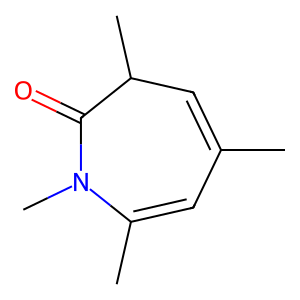
SMILES: CC1=CC(C)C(=O)N(C)C(C)=C1
Inhibits HIV replication: No